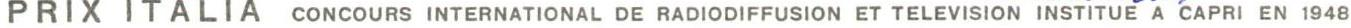
PRIX ITALIA CONCOURS INTERNATIONAL DE RADIODIFFUSION ET TELEVISION INSTITUE A CAPRI EN 1948